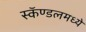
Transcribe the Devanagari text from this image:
स्कॅण्डलमध्ये